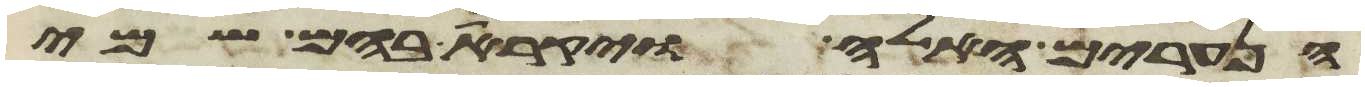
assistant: הנערים האלה ויקרא בהם שמי